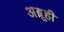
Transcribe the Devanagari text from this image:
अब्रूही